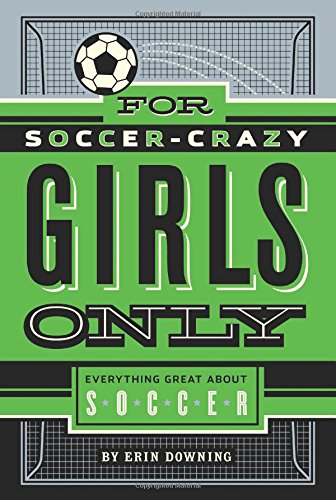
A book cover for For Soccer-Crazy Girls Only; Erin Downing; Children's Books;